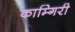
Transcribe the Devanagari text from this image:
काम्गिरी